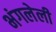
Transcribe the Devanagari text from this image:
भंगलेली